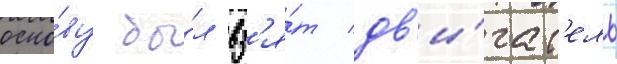
осно́ву бы́л вз'я́т дв'и́гат'ель